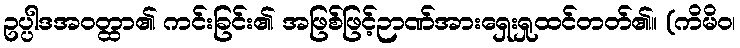
ဥပ္ပါဒအဝတ္ထာ၏ ကင်းခြင်း၏ အဖြစ်ဖြင့်ဉာဏ်အားရှေးရှုထင်တတ်၏။ (ကိမိဝ၊